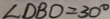
\angle D B O = 3 0 ^ { \circ }